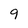
Character: 9